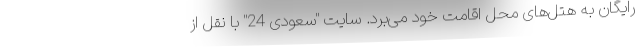
رایگان به هتل‌های محل اقامت خود می‌برد. سایت "سعودی 24" با نقل از